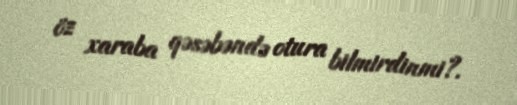
öz xaraba qəsəbəndə otura bilmirdinmi?.